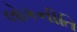
લોકનીતિ